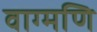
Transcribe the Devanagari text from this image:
वाग्मणि